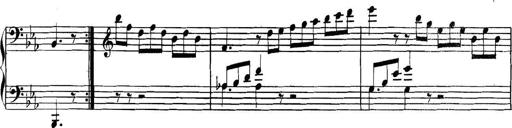
Title: Collected Piano Sonatas
Composer: Muzio Clementi